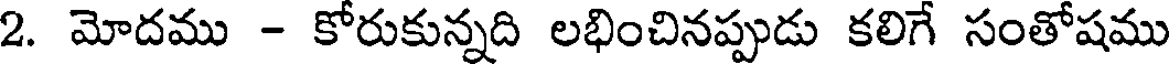
2. మోదము - కోరుకున్నది లభించినప్పుడు కలిగే సంతోషము